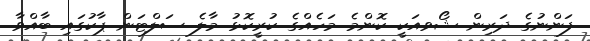
ފަންނުގެ ދަރިން ޝޯވއަކީ ކޮންމެ މަހެއްގެ ކުރީކޮޅު މާލެ ސަލްޓަން ޕާކުގައި ބާއްވާ